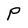
Character: P